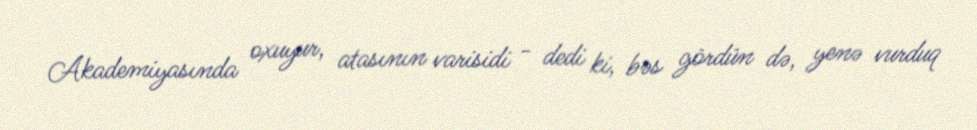
Akademiyasında oxuyur, atasının varisidi - dedi ki, bəs gördün də, yenə vurduq